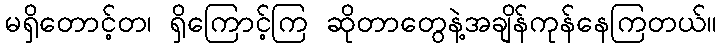
မရှိတောင့်တ၊ ရှိကြောင့်ကြ ဆိုတာတွေနဲ့အချိန်ကုန်နေကြတယ်။